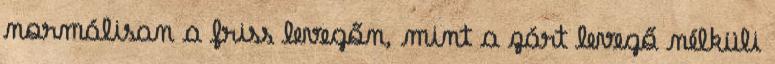
normálisan a friss levegőn, mint a zárt levegő nélküli